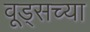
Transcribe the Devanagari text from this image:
वूड्सच्या